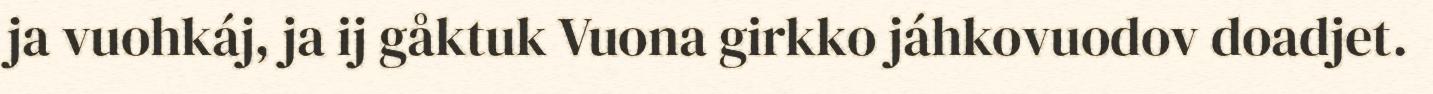
ja vuohkáj, ja ij gåktuk Vuona girkko jáhkovuodov doadjet.